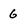
Character: 6